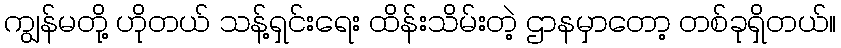
ကျွန်မတို့ ဟိုတယ် သန့်ရှင်းရေး ထိန်းသိမ်းတဲ့ ဌာနမှာတော့ တစ်ခုရှိတယ်။